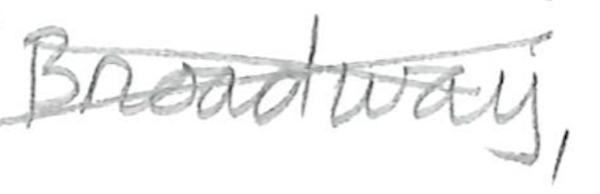
Text: Off-Broadway,
Cross-out: cross
Writing tool: pencil